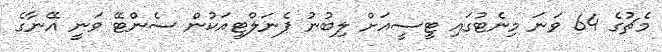
މެޗުގެ 64 ވަނަ މިނެޓުގައި ޓީސީއަށް ލިބުނު ޕެނަލްޓީއަކުން ސެންޓޭ ވަނީ އޭނާގެ